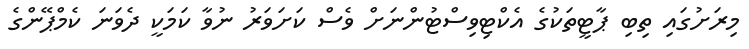
މިރަށުގައި ތިބި ޕާޓީތަކުގެ އެކްޓިވިސްޓުންނަށް ވެސް ކަށަވަރު ނުވާ ކަމަކީ ދެވަނަ ކެމްޕޭންގެ